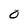
Character: O